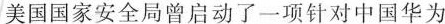
美国国家安全局曾启动了一项针对中国华为